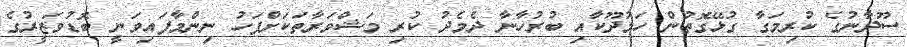
ސޫދާނުގެ ކުރިމަގާ ގުޅޭގޮތުން ހަމުދޫކާއި ބުރުހާނާ ދެމެދު ކުރި މަޝްވަރާތަކަށްފަހު ނިންމާފައިވަނީ ބޮޑުވަޒީރުގެ